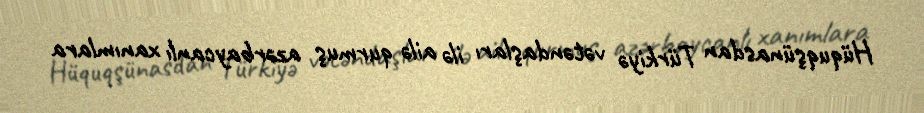
Hüquqşünasdan Türkiyə vətəndaşları ilə ailə qurmuş azərbaycanlı xanımlara